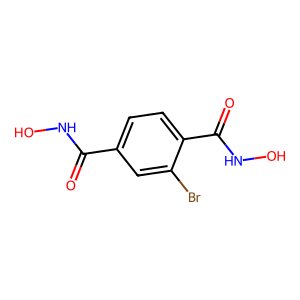
SMILES: O=C(NO)c1ccc(C(=O)NO)c(Br)c1
Inhibits HIV replication: No